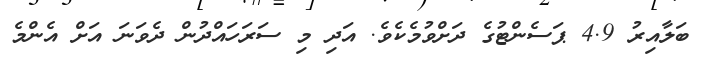
ބަލާއިރު 4.9 ޕަސެންޓުގެ ދަށްވުމެކެވެ. އަދި މި ސަރަހައްދުން ދެވަނަ އަށް އެންމެ